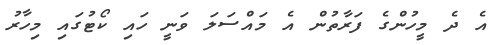
އެ ދެ މީހުންގެ ފަރާތުން އެ މައްސަލަ ވަނީ ހައި ކޯޓުގައި މިހާރު